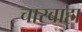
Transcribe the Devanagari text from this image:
चारबाहा